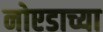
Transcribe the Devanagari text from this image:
नोएडाच्या